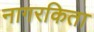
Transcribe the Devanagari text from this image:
नागरकिता